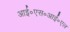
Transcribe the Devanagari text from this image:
आई॰एस॰आई॰एल